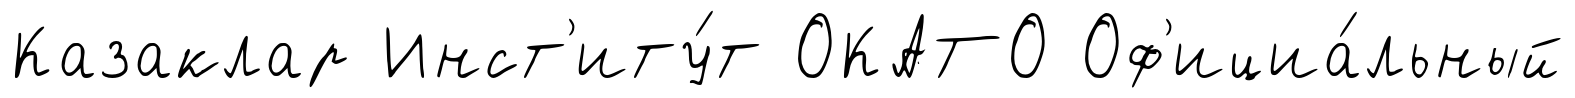
Казаклар Инст'иту́т ОКАТО Оф'ициа́льный